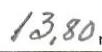
13,80